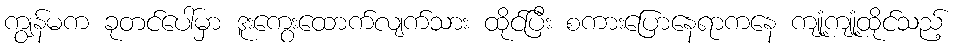
ကျွန်မက ခုတင်ပေါ်မှာ ဒူးကွေးထောက်လျက်သား ထိုင်ပြီး စကားပြောနေရာကနေ ကျုံ့ကျုံ့ထိုင်သည့်